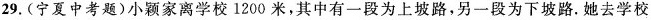
29.(宁夏中考题)小颖家离学校1200米，其中有一段为上坡路，另一段为下坡路.她去学校